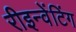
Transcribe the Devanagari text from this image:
रीइन्वेंटिंग